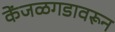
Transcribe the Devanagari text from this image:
केंजळगडावरून